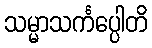
သမ္မာသင်္ကပ္ပေါတိ